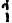
1